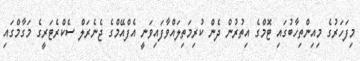
މިފަހަރުގެ މިއިންތިހާބުގައި ޓޮމްގެ އިތުރުން ދެން ކުރިމަތިލައްވާފައިވަނީ އެފްއޭމްގެ ޖެނެރަލް ސެކްރެޓަރީގެ މަގާމްގައި